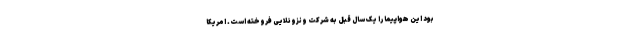
بود این هواپیما را یک سال قبل به شرکت ونزوئلایی فروخته است. امریکا